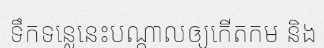
ទឹកទន្លេនេះបណ្តាលឲ្យកើតកម និង